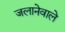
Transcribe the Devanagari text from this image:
जलानेवाले